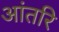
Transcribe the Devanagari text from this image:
आंतरि